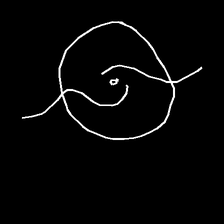
Glyph: repetition